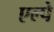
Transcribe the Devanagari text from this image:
एल्पे